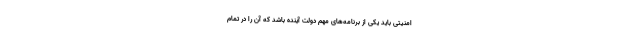
امنیتی باید یکی از برنامه‌های مهم دولت آینده باشد که آن را در تمام